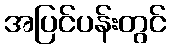
အပြင်ပန်းတွင်